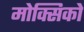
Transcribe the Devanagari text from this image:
मोक्सिको